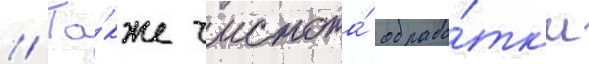
// Та́кже чистота́ обрабо́тк'и